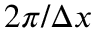
2 \pi / \Delta x